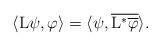
LaTeX: \begin{align*}\langle{\rm L}\psi, \varphi\rangle=\langle \psi,\overline{{\rm L}^* \overline{\varphi}}\rangle.\end{align*}